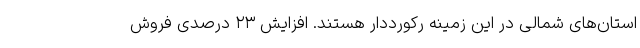
استان‌های شمالی در این زمینه رکورددار هستند. افزایش ۲۳ درصدی فروش